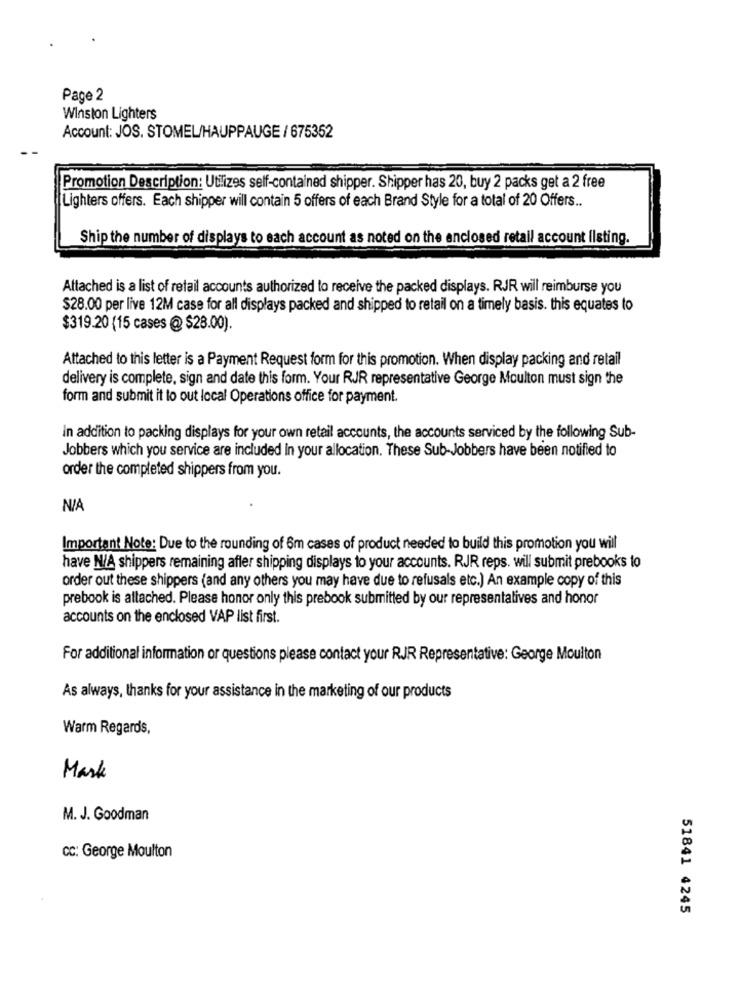
Page 2
Winston Lighters
Account: JOS. STOMEL/HAUPPAUGE / 675352
Promotion Description: Utilizes self-contained shipper. Shipper has 20, buy 2 packs get a 2 free
Lighters offers. Each shipper will contain 5 offers of each Brand Style for a total of 20 Offers ..
Ship the number of displays to each account as noted on the enclosed retail account Ilsting.
Attached is a list of retail accounts authorized to receive the packed displays. RJR will reimburse you
$28.00 per live 12M case for all displays packed and shipped to retail on a timely basis. this equates to
$319.20 (15 cases @ $28.00).
Attached to this letter is a Payment Request form for this promotion. When display packing and retail
delivery is complete, sign and date this form. Your RJR representative George Moulton must sign the
form and submit it to out local Operations office for payment.
In addition to packing displays for your own retail accounts, the accounts serviced by the following Sub-
Jobbers which you service are included In your allocation. These Sub-Jobbers have been notified to
order the completed shippers from you.
NIA
Important Note: Due to the rounding of 6m cases of product needed to build this promotion you will
have N/A shippers remaining afler shipping displays to your accounts. RJR reps. will submit prebooks to
order out these shippers (and any others you may have due to refusals etc.) An example copy of this
prebook is attached. Please honor only this prebook submitted by our representatives and honor
accounts on the enclosed VAP list first.
For additional information or questions please contact your RJR Representative: George Moulton
As always, thanks for your assistance in the marketing of our products
Warm Regards,
Mark
M. J. Goodman
cc: George Moulton
51841 4245